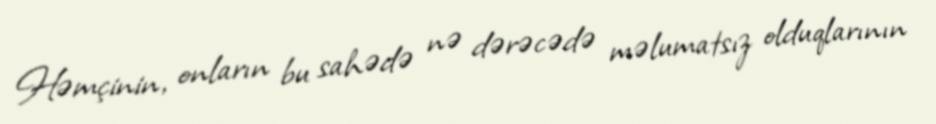
Həmçinin, onların bu sahədə nə dərəcədə məlumatsız olduqlarının